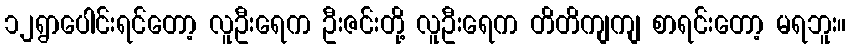
၁၂ရွာပေါင်းရင်တော့ လူဦးရေက ဦးဇင်းတို့ လူဦးရေက တိတိကျကျ စာရင်းတော့ မရဘူး။